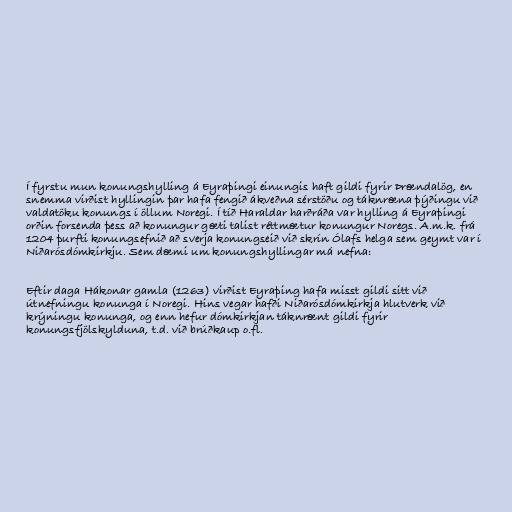
Í fyrstu mun konungshylling á Eyraþingi einungis haft gildi fyrir Þrændalög, en
snemma virðist hyllingin þar hafa fengið ákveðna sérstöðu og táknræna þýðingu við
valdatöku konungs í öllum Noregi. Í tíð Haraldar harðráða var hylling á Eyraþingi
orðin forsenda þess að konungur gæti talist réttmætur konungur Noregs. A.m.k. frá
1204 þurfti konungsefnið að sverja konungseið við skrín Ólafs helga sem geymt var í
Niðarósdómkirkju. Sem dæmi um konungshyllingar má nefna:

Eftir daga Hákonar gamla (1263) virðist Eyraþing hafa misst gildi sitt við
útnefningu konunga í Noregi. Hins vegar hafði Niðarósdómkirkja hlutverk við
krýningu konunga, og enn hefur dómkirkjan táknrænt gildi fyrir
konungsfjölskylduna, t.d. við brúðkaup o.fl.